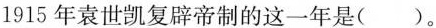
1915年袁世凯复辟帝制的这一年是()。